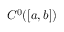
C ^ { 0 } ( [ a , b ] )